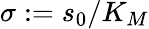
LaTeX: \sigma:=s_{0}/K_{M}